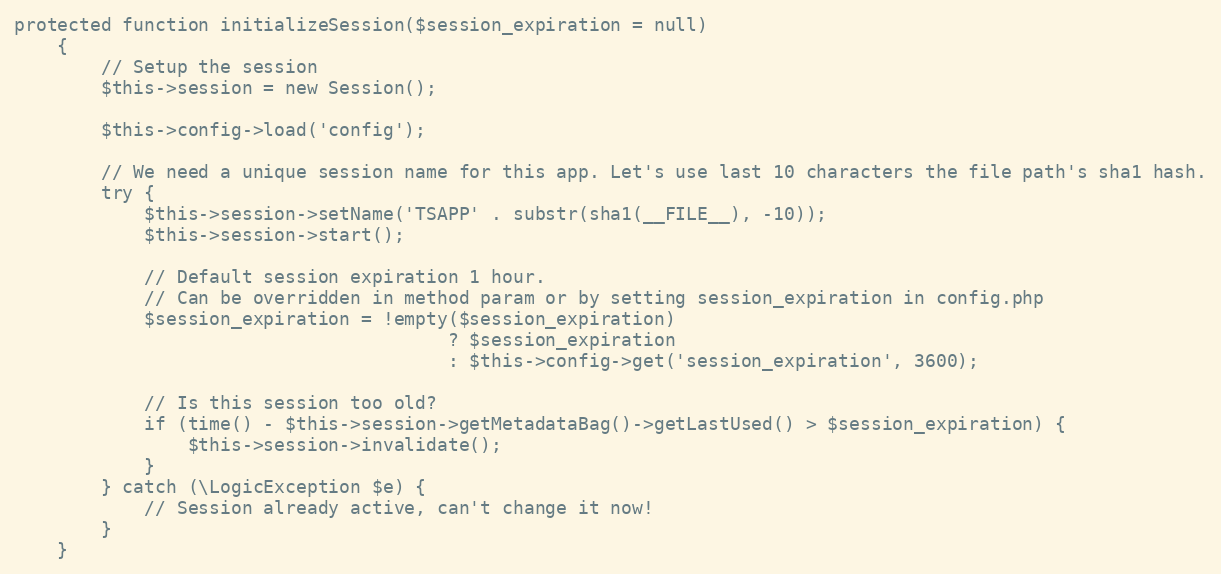
Language: PHP
protected function initializeSession($session_expiration = null)
	{
		// Setup the session
		$this->session = new Session();

		$this->config->load('config');

		// We need a unique session name for this app. Let's use last 10 characters the file path's sha1 hash.
		try {
			$this->session->setName('TSAPP' . substr(sha1(__FILE__), -10));
			$this->session->start();

			// Default session expiration 1 hour.
			// Can be overridden in method param or by setting session_expiration in config.php
			$session_expiration = !empty($session_expiration)
										? $session_expiration
										: $this->config->get('session_expiration', 3600);

			// Is this session too old?
			if (time() - $this->session->getMetadataBag()->getLastUsed() > $session_expiration) {
				$this->session->invalidate();
			}
		} catch (\LogicException $e) {
			// Session already active, can't change it now!
		}
	}